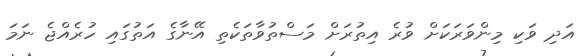
އަދި ވަކި މިންވަރަކަށް ވުރެ އިތުރަށް މަސްތުވާތަކެތި އޭނާގެ އަތުގައި ހުރެއްޖެ ނަމަ